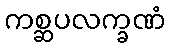
ကစ္ဆပလက္ခဏံ